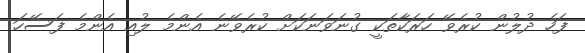
ފަހެ ދުލުން ކުރެވޭ ހަރަކާތަކީ ގުނަވަނަކަށް ކުރެވޭނެ އެންމެ ލުއި އެންމެ ފަސޭހަ